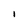
Character: 1